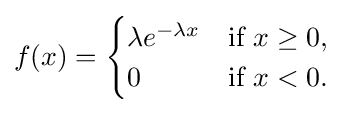
f(x)={\begin{cases}\lambda e^{-\lambda x}&{\text{if }}x\geq 0,\\0&{\text{if }}x<0.\end{cases}}